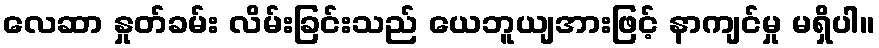
လေဆာ နှုတ်ခမ်း လိမ်းခြင်းသည် ယေဘူယျအားဖြင့် နာကျင်မှု မရှိပါ။